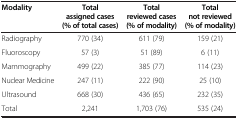
| Modality | Total assigned cases (% of total cases) | Total reviewed cases (% of modality) | Total not reviewed (% of modality) |
 | --- | --- | --- | --- |
 | Radiography | 770 (34) | 611 (79) | 159 (21) |
 | Fluoroscopy | 57 (3) | 51 (89) | 6 (11) |
 | Mammography | 499 (22) | 385 (77) | 114 (23) |
 | Nuclear Medicine | 247 (11) | 222 (90) | 25 (10) |
 | Ultrasound | 668 (30) | 436 (65) | 232 (35) |
 | Total | 2,241 | 1,703 (76) | 535 (24) |